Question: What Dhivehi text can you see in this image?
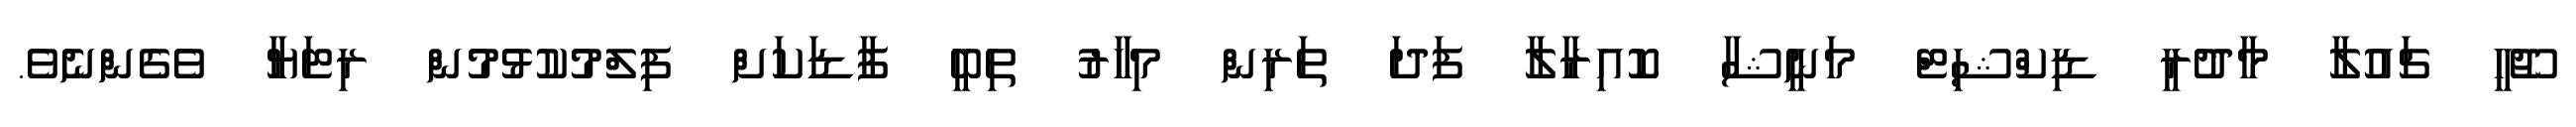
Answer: ޖޫހީ ޗައުލާ މާދުރީ ޑިކްޝިޓް މަނީޝާ ކޮއިރާލާ ފަދަ ތަރިން މިހާރު ތިބީ ފާޑަކަށް ފިލްމުކުޅުމުން ރިޓަޔާ ވެގެންނެވެ.